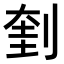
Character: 𠝥